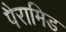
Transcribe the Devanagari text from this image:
पैरामिड